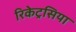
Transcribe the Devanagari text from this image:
रिकेट्रसिया